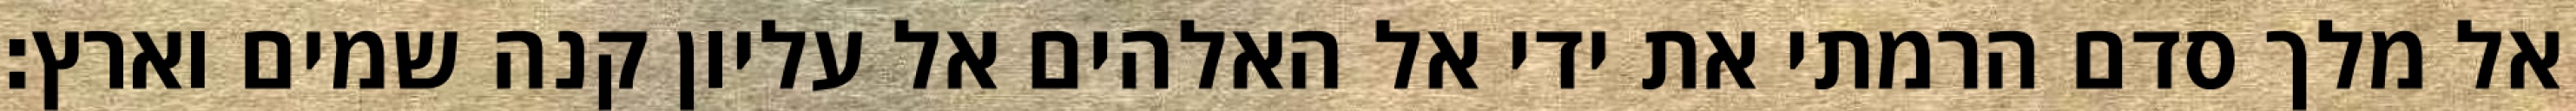
אל מלך סדם הרמתי את ידי אל האלהים אל עליון קנה שמים וארץ׃